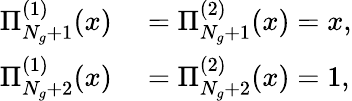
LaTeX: \begin{array}{rl}{\Pi_{N_{g}+1}^{(1)}(x)}&{{}=\Pi_{N_{g}+1}^{(2)}(x)=x,}\\ {\Pi_{N_{g}+2}^{(1)}(x)}&{{}=\Pi_{N_{g}+2}^{(2)}(x)=1,}\end{array}